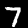
Label: 7